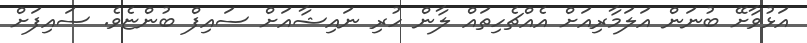
އަޅުވާށޭ ބުނަން އަލަމާރިއަށް އެއްޗެހިތައް ލާން ހުރި ނައިޝާއަށް ސައިފް ބުންޏެވެ. ސައިފަށް